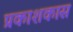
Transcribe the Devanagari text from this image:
प्रकाशकास